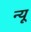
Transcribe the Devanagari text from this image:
न्यू़